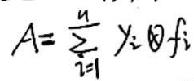
\[ A = \sum_{i = 1}^{n} \chi_{i} \otimes f_{i} \]